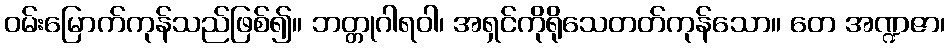
ဝမ်းမြောက်ကုန်သည်ဖြစ်၍။ ဘတ္တုဂါရဝါ၊ အရှင်ကိုရိုသေတတ်ကုန်သော။ တေ အဏ္ဍဇာ၊